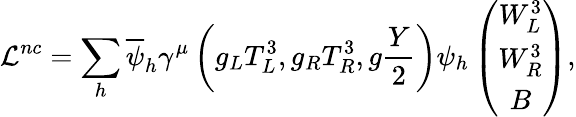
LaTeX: \mathcal{L}^{nc}=\sum_{h}\overline{{{\psi}}}_{h}\gamma^{\mu}\left(g_{L}T_{L}^{3},g_{R}T_{R}^{3},g\frac{Y}{2}\right)\psi_{h}\left(\begin{array}{c}{{W_{L}^{3}}}\\ {{W_{R}^{3}}}\\ {{B}}\end{array}\right),